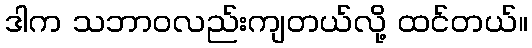
ဒါက သဘာဝလည်းကျတယ်လို့ ထင်တယ်။